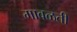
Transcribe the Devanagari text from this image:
मावळती